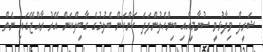
ޝަރީފް ވިދާޅުވީ ސުނާމީއާއި ބިންހެލުންފަދަ ކަންކަން ބެލުމުގެ ގާބިލްކަން އޭރު ރާއްޖޭގައި ނެތް